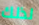
لذلك